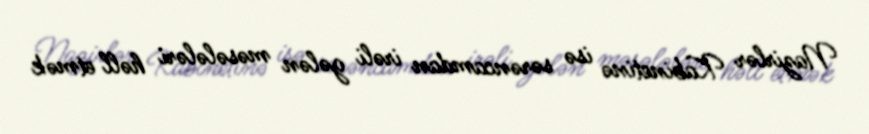
Nazirlər Kabinetinə isə sərəncamdan irəli gələn məsələləri həll etmək